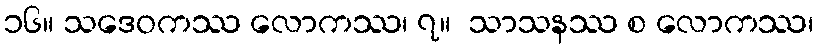
၁၆။ သဒေဝကဿ လောကဿ၊ ၇။  သာသနဿ စ လောကဿ၊